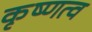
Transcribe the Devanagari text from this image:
कृष्णत्व